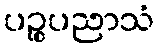
ပဉ္စပညာသံ